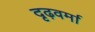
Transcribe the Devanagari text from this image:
दृढ़वर्मा